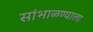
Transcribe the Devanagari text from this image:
सांभाळण्याला